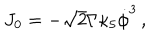
J _ { 0 } = - \sqrt { 2 } \Gamma \kappa _ { 5 } \dot { \phi } ^ { 3 } \, ,